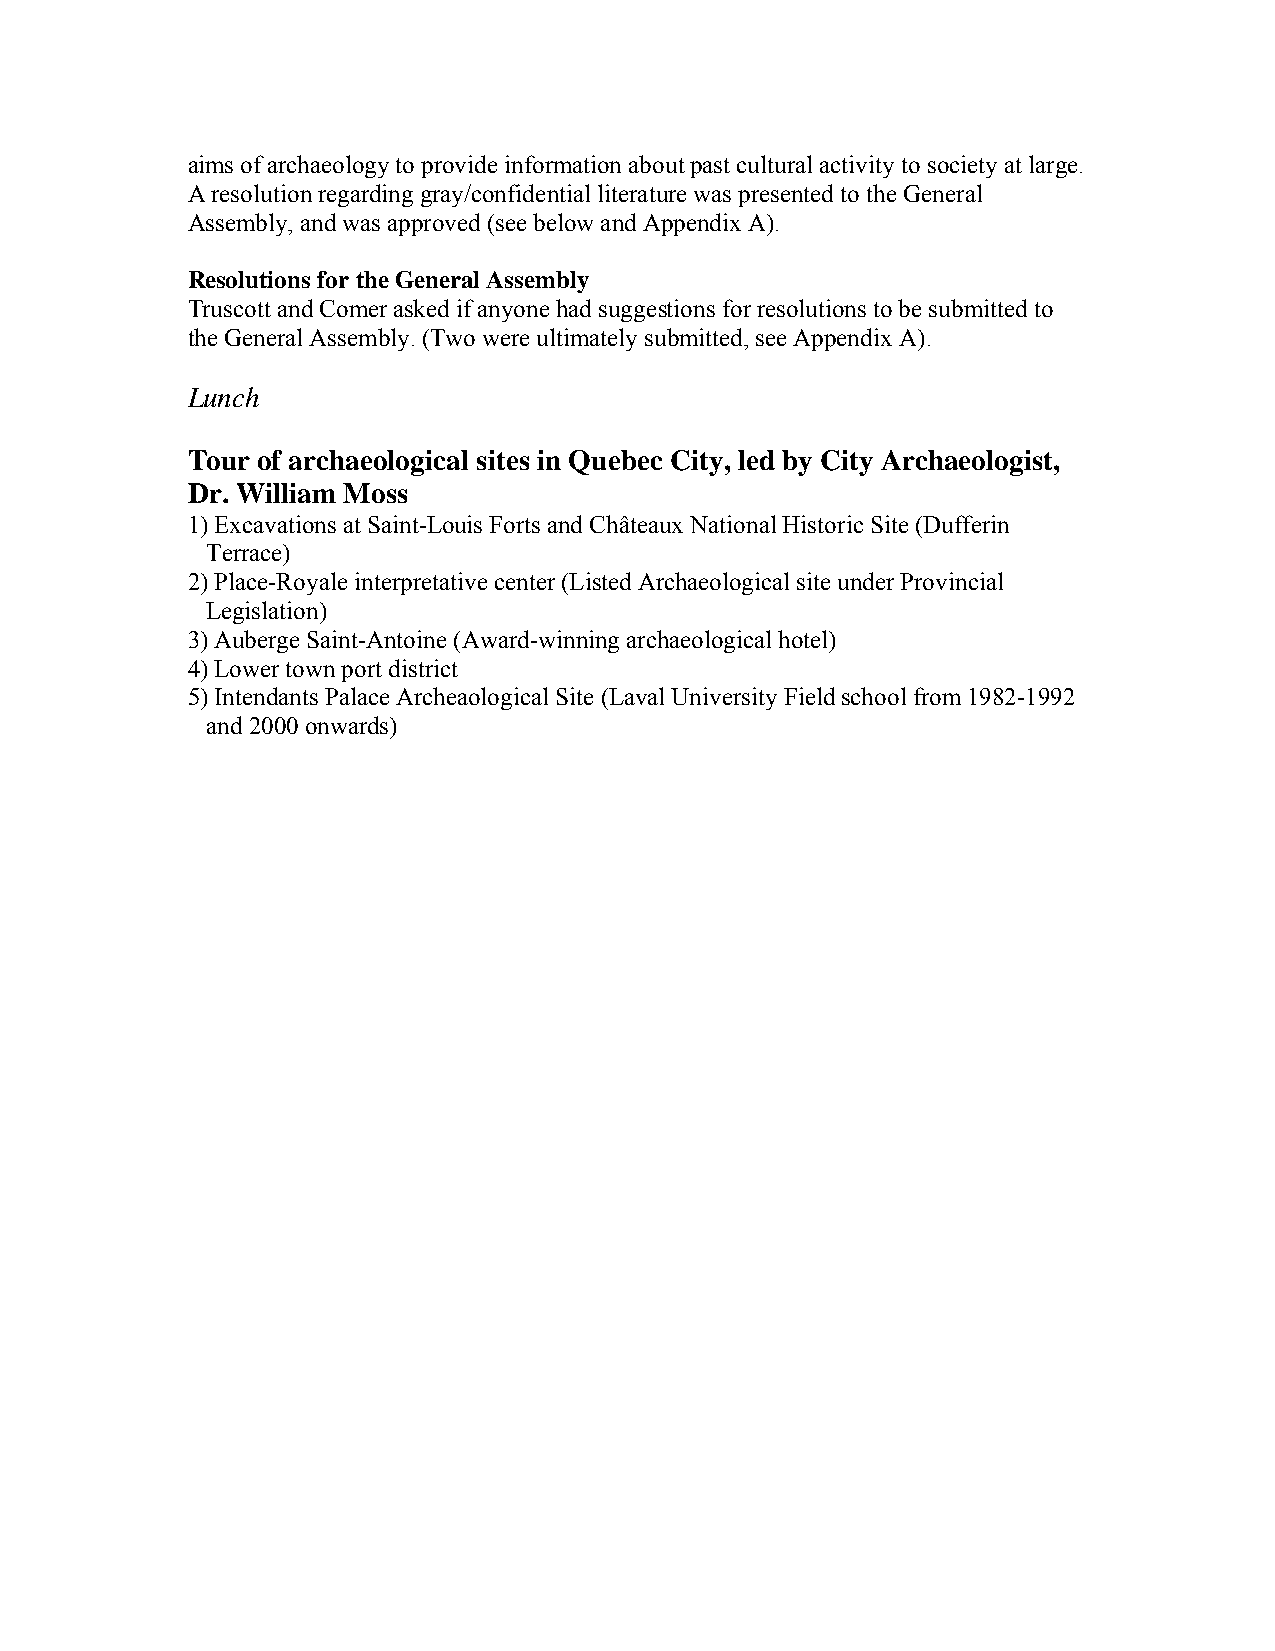
aims of archaeology to provide information about past cultural activity to society at large.
 A resolution regarding gray/confidential literature was presented to the General
 Assembly, and was approved (see below and Appendix A).
 Resolutions for the General Assembly
 Truscott and Comer asked if anyone had suggestions for resolutions to be submitted to
 the General Assembly. (Two were ultimately submitted, see Appendix A).
 Lunch
 Tour of archaeological sites in Quebec City, led by City Archaeologist,
 Dr. William Moss
 1) Excavations at Saint-Louis Forts and Châteaux National Historic Site (Dufferin
 Terrace)
 2) Place-Royale interpretative center (Listed Archaeological site under Provincial
 Legislation)
 3) Auberge Saint-Antoine (Award-winning archaeological hotel)
 4) Lower town port district
 5) Intendants Palace Archeaological Site (Laval University Field school from 1982-1992
 and 2000 onwards)